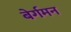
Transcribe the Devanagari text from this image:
बेर्गमन